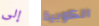
إلى الكوبية